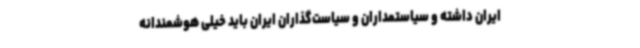
ایران داشته و سیاستمداران و سیاست‌گذاران ایران باید خیلی هوشمندانه